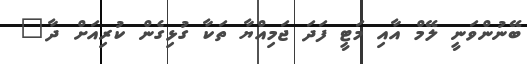
ބޭނުންވަނީ ލޭމް އާއި މަޓީ ފަދަ ޖަމިއްޔާ ތަކާ ގުޅިގެން ކުރިއަށް ދާ"